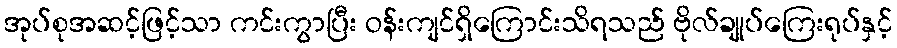
အုပ်စုအဆင့်ဖြင့်သာ ကင်းကွာပြီး ဝန်းကျင်ရှိကြောင်းသိရသည် ဗိုလ်ချုပ်ကြေးရုပ်နှင့်